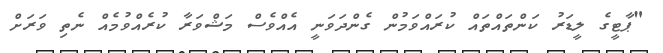
"ޕާޓީގެ ލީޑަރު ކަންތައްތައް ކުރައްވަމުން ގެންދަވަނީ އެއްވެސް މަޝްވަރާ ކުރެއްވުމެއް ނެތި ވަރަށް